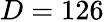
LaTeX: D=126